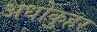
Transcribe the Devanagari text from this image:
अधोकुहर